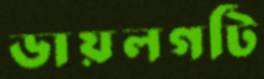
ডায়লগটি